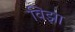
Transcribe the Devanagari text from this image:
विझा